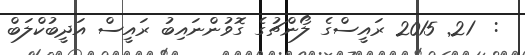
:  21